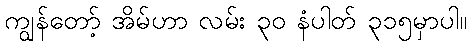
ကျွန်တော့် အိမ်ဟာ လမ်း ၃၀ နံပါတ် ၃၁၅မှာပါ။